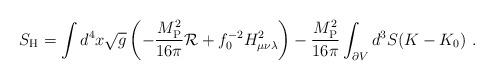
\begin{align*}S_{\rm H} = \int d^4 x \sqrt g \left( - {M_{\rm P}^2 \over 16 \pi } {\cal R} +f_0^{-2}H_{\mu\nu\lambda}^2\right)- {M_{\rm P}^2 \over 16 \pi } \int_{\partial V} d^3 S (K - K_{0}) \ .\end{align*}